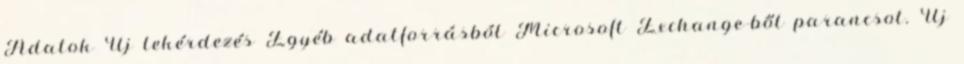
Adatok Új lekérdezés Egyéb adatforrásból Microsoft Exchange-ből parancsot. Új